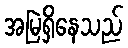
အမြဲရှိနေသည်